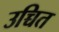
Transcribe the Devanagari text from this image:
उच्चित